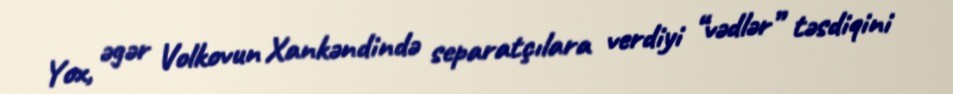
Yox, əgər Volkovun Xankəndində separatçılara verdiyi “vədlər” təsdiqini